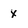
Character: x